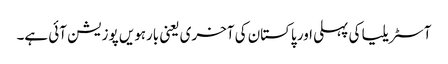
آسٹریلیا کی پہلی اور پاکستان کی آخری یعنی بارہویں پوزیشن آئی ہے۔